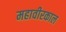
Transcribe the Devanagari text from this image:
महावीरकाल